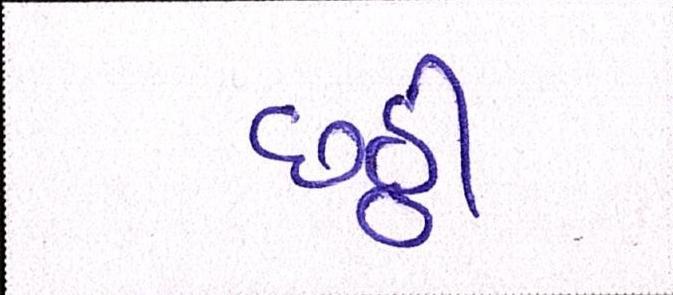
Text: છઠ્ઠી